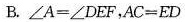
B.$$∠ A = ∠ D E F$$，$$A C = E D$$